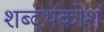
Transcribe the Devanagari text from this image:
शब्दर्थकोश